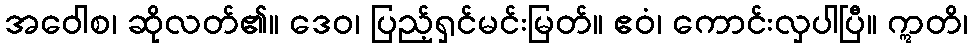
အဝေါစ၊ ဆိုလတ်၏။ ဒေဝ၊ ပြည့်ရှင်မင်းမြတ်။ ဧဝံ၊ ကောင်းလှပါပြီ။ ဣတိ၊